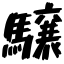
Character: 驤